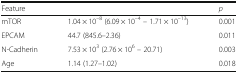
<table><thead><tr><td><b>Feature</b></td><td>[EMPTY_CELL]</td><td><b><i>p</i></b></td></tr></thead><tbody><tr><td>mTOR</td><td>1.04 × 10<sup>–8</sup> (6.09 × 10<sup>–4</sup> – 1.71 × 10<sup>–13</sup>)</td><td>0.001</td></tr><tr><td>EPCAM</td><td>44.7 (845.6–2.36)</td><td>0.011</td></tr><tr><td>N-Cadherin</td><td>7.53 × 10<sup>3</sup> (2.76 × 10<sup>6</sup> – 20.71)</td><td>0.003</td></tr><tr><td>Age</td><td>1.14 (1.27–1.02)</td><td>0.018</td></tr></tbody></table>